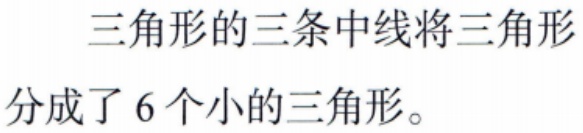
三角形的三条中线将三角形分成了6个小的三角形。